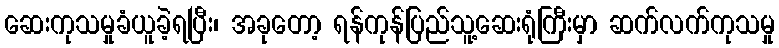
ဆေးကုသမှုခံယူခဲ့ရပြီး၊ အခုတော့ ရန်ကုန်ပြည်သူ့ဆေးရုံကြီးမှာ ဆက်လက်ကုသမှု